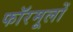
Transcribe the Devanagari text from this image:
फॉरमूलों